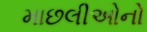
માછલીઓનો